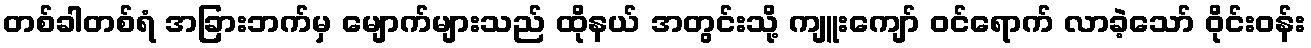
တစ်ခါတစ်ရံ အခြားဘက်မှ မျောက်များသည် ထိုနယ် အတွင်းသို့ ကျူးကျော် ဝင်ရောက် လာခဲ့သော် ဝိုင်းဝန်း